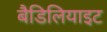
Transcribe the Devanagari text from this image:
बैडिलियाइट